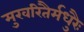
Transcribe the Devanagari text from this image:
मुखरितैर्मधुरैः